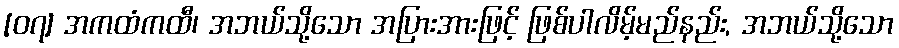
[၀၇] အကထံကထီ၊ အဘယ်သို့သော အပြားအားဖြင့် ဖြစ်ပါလိမ့်မည်နည်း, အဘယ်သို့သော